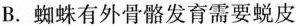
B. 蜘蛛有外骨骼发育需要蜕皮